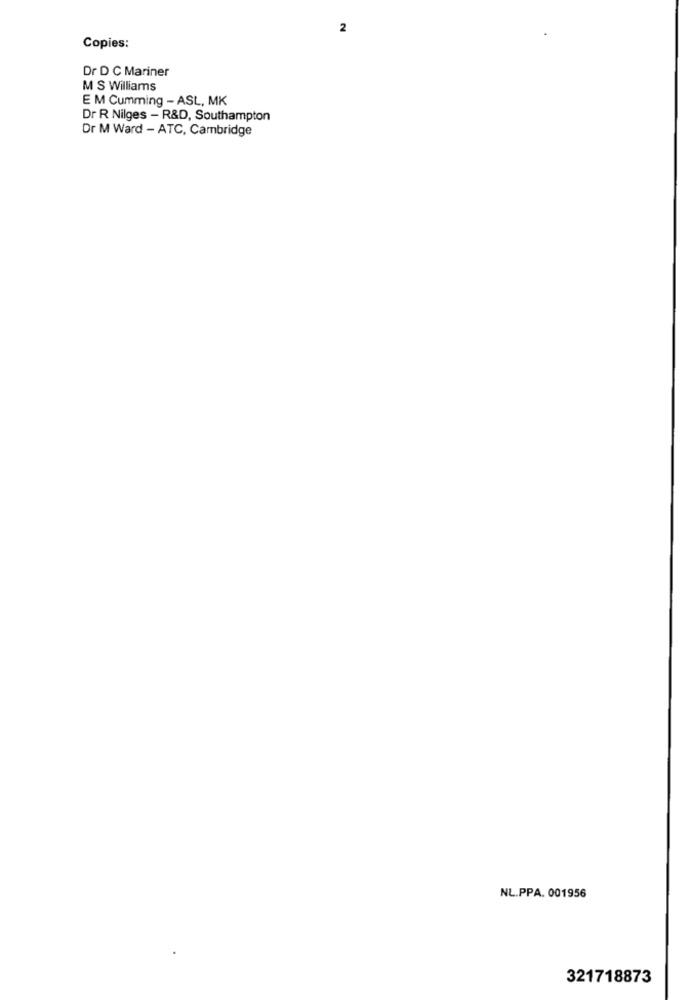
2
Copies:
Dr D C Mariner
M S Williams
E M Cumming - ASL, MK
Dr R Nilges - R&D, Southampton
Dr M Ward - ATC, Cambridge
NL.PPA. 001956
321718873